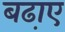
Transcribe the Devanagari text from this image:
बढा़ए